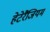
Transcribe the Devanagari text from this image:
हेटेरैंजियम